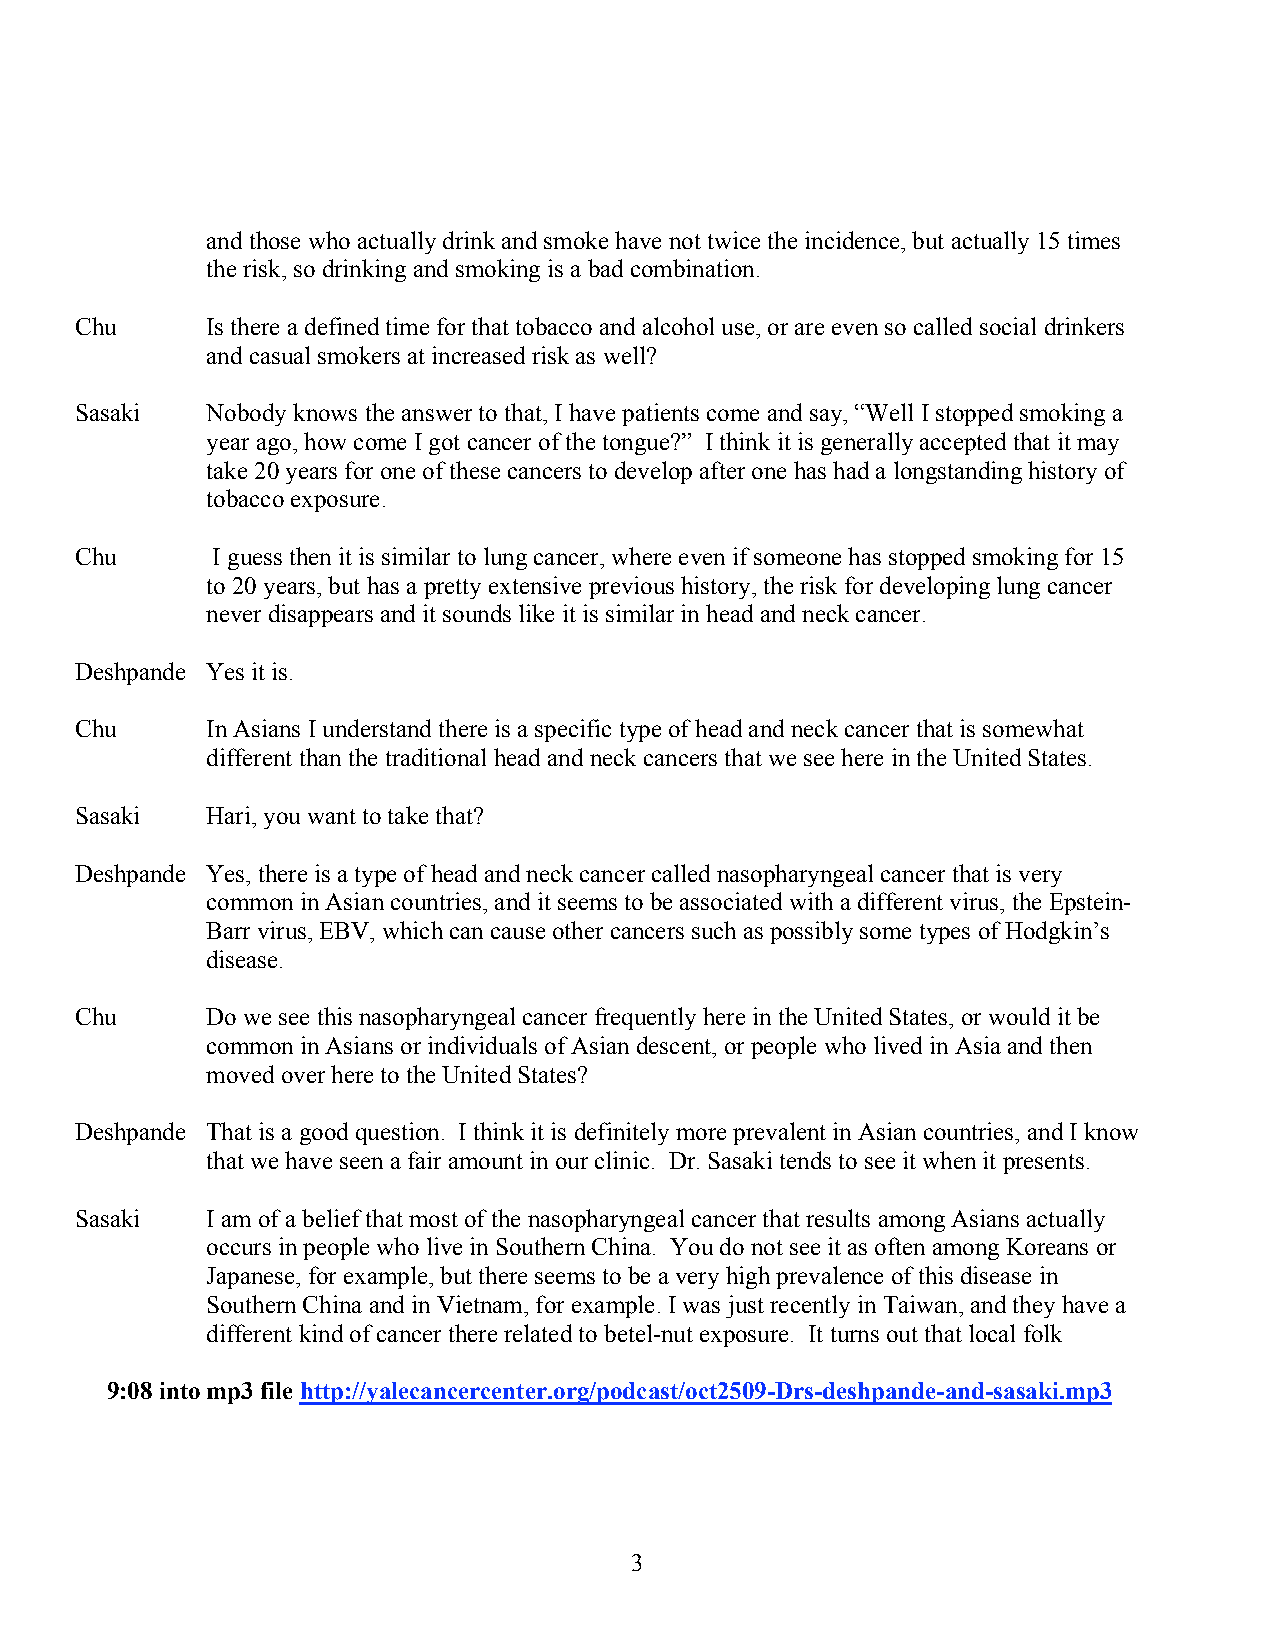
and those who actually drink and smoke have not twice the incidence, but actually 15 times
 the risk, so drinking and smoking is a bad combination.
 Chu      Is there a defined time for that tobacco and alcohol use, or are even so called social drinkers
 and casual smokers at increased risk as well?
 Sasaki   Nobody knows the answer to that, I have patients come and say, “Well I stopped smoking a
 year ago, how come I got cancer of the tongue?” I think it is generally accepted that it may
 take 20 years for one of these cancers to develop after one has had a longstanding history of
 tobacco exposure.
 Chu      I guess then it is similar to lung cancer, where even if someone has stopped smoking for 15
 to 20 years, but has a pretty extensive previous history, the risk for developing lung cancer
 never disappears and it sounds like it is similar in head and neck cancer.
 Deshpande Yes it is.
 Chu      In Asians I understand there is a specific type of head and neck cancer that is somewhat
 different than the traditional head and neck cancers that we see here in the United States.
 Sasaki   Hari, you want to take that?
 Deshpande Yes, there is a type of head and neck cancer called nasopharyngeal cancer that is very
 common in Asian countries, and it seems to be associated with a different virus, the Epstein-
 Barr virus, EBV, which can cause other cancers such as possibly some types of Hodgkin’s
 disease.
 Chu      Do we see this nasopharyngeal cancer frequently here in the United States, or would it be
 common in Asians or individuals of Asian descent, or people who lived in Asia and then
 moved over here to the United States?
 Deshpande That is a good question. I think it is definitely more prevalent in Asian countries, and I know
 that we have seen a fair amount in our clinic. Dr. Sasaki tends to see it when it presents.
 Sasaki   I am of a belief that most of the nasopharyngeal cancer that results among Asians actually
 occurs in people who live in Southern China. You do not see it as often among Koreans or
 Japanese, for example, but there seems to be a very high prevalence of this disease in
 Southern China and in Vietnam, for example. I was just recently in Taiwan, and they have a
 different kind of cancer there related to betel-nut exposure. It turns out that local folk
 9:08 into mp3 file http://yalecancercenter.org/podcast/oct2509-Drs-deshpande-and-sasaki.mp3
 3